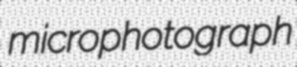
microphotograph